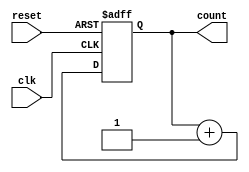
module async_reset_sync_counter (
    input wire clk,            // Clock input
    input wire reset,          // Asynchronous reset input
    output reg [2:0] count     // 3-bit count output
);

// Always block for synchronous counting with asynchronous reset
always @(posedge clk or posedge reset) begin
    if (reset) begin
        count <= 3'b000;       // Reset count to 0
    end else begin
        count <= count + 1;    // Increment count on clock edge
    end
end

endmodule